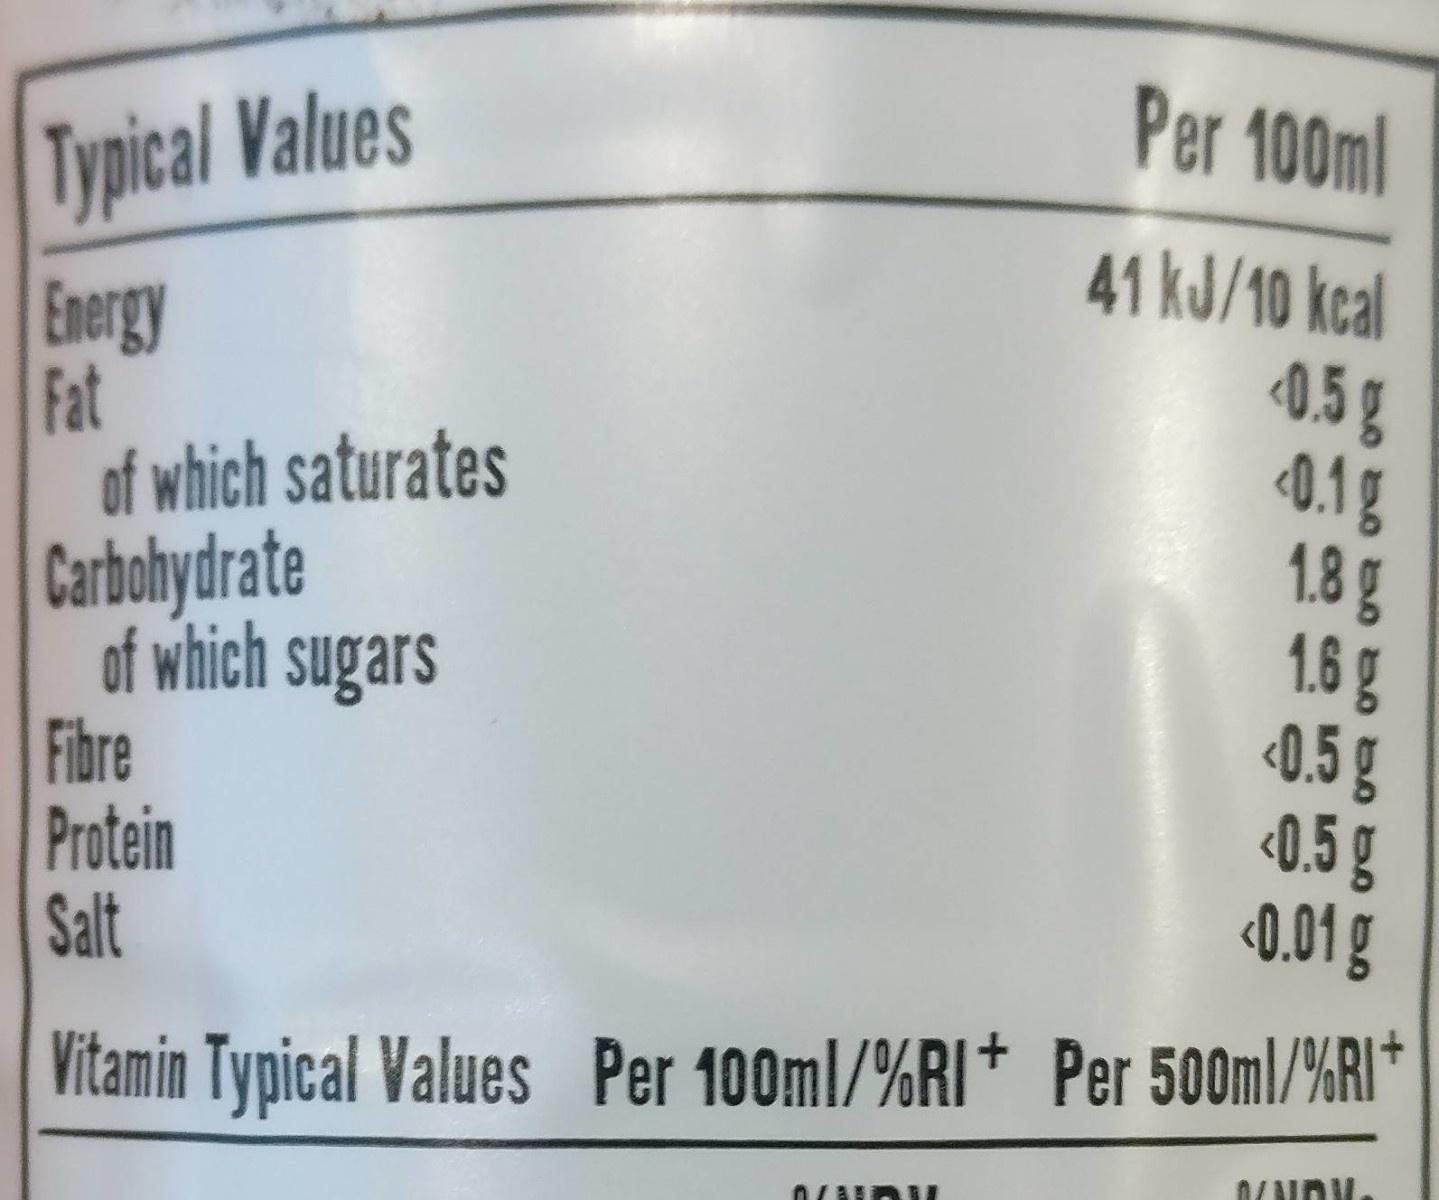
Per 100ml
Typical Values
41 kJ/10 kcal
Energy Fat of which saturates Carbohydrate of which sugars Fibre Protein Salt
0.5g 0.1g 1.8g 1.6g 0.5g <0.5 g 0.01 g
Vitamin Typical Values Per 100ml/%RI+ Per 500ml/%RI